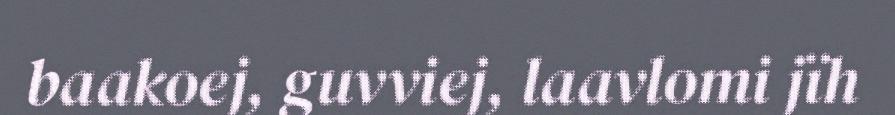
baakoej, guvviej, laavlomi jïh